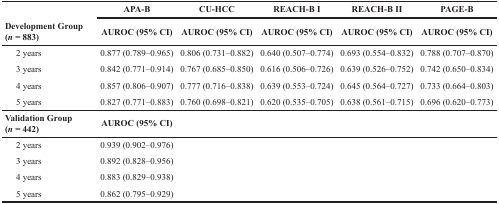
<table><thead><tr><td></td><td><b>APA-B</b></td><td><b>CU-HCC</b></td><td><b>REACH-B I</b></td><td><b>REACH-B II</b></td><td><b>PAGE-B</b></td></tr><tr><td><b>Development Group (<i>n</i> = 883)</b></td><td><b>AUROC (95% CI)</b></td><td><b>AUROC (95% CI)</b></td><td><b>AUROC (95% CI)</b></td><td><b>AUROC (95% CI)</b></td><td><b>AUROC (95% CI)</b></td></tr></thead><tbody><tr><td> 2 years</td><td>0.877 (0.789–0.965)</td><td>0.806 (0.731–0.882)</td><td>0.640 (0.507–0.774)</td><td>0.693 (0.554–0.832)</td><td>0.788 (0.707–0.870)</td></tr><tr><td> 3 years</td><td>0.842 (0.771–0.914)</td><td>0.767 (0.685–0.850)</td><td>0.616 (0.506–0.726)</td><td>0.639 (0.526–0.752)</td><td>0.742 (0.650–0.834)</td></tr><tr><td> 4 years</td><td>0.857 (0.806–0.907)</td><td>0.777 (0.716–0.838)</td><td>0.639 (0.553–0.724)</td><td>0.645 (0.564–0.727)</td><td>0.733 (0.664–0.803)</td></tr><tr><td> 5 years</td><td>0.827 (0.771–0.883)</td><td>0.760 (0.698–0.821)</td><td>0.620 (0.535–0.705)</td><td>0.638 (0.561–0.715)</td><td>0.696 (0.620–0.773)</td></tr><tr><td><b>Validation Group(</b><b><i>n</i> = 442)</b></td><td><b>AUROC (95% CI)</b></td><td></td><td></td><td></td><td></td></tr><tr><td> 2 years</td><td>0.939 (0.902–0.976)</td><td></td><td></td><td></td><td></td></tr><tr><td> 3 years</td><td>0.892 (0.828–0.956)</td><td></td><td></td><td></td><td></td></tr><tr><td> 4 years</td><td>0.883 (0.829–0.938)</td><td></td><td></td><td></td><td></td></tr><tr><td> 5 years</td><td>0.862 (0.795–0.929)</td><td></td><td></td><td></td><td></td></tr></tbody></table>